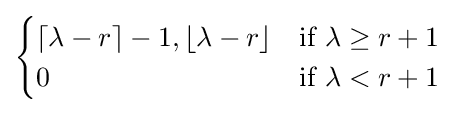
{\begin{cases}\left\lceil \lambda -r\right\rceil -1,\left\lfloor \lambda -r\right\rfloor &{\text{if }}\lambda \geq r+1\\0&{\text{if }}\lambda <r+1\\\end{cases}}